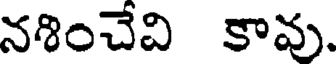
నశించేవి కావు.